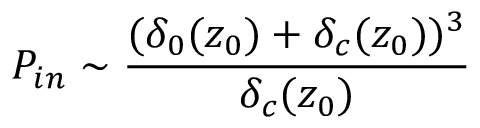
P _ { i n } \sim \frac { ( \delta _ { 0 } ( z _ { 0 } ) + \delta _ { c } ( z _ { 0 } ) ) ^ { 3 } } { \delta _ { c } ( z _ { 0 } ) }